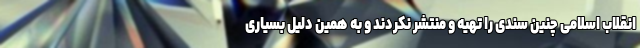
انقلاب اسلامی چنین سندی را تهیه و منتشر نکردند و به همین دلیل بسیاری